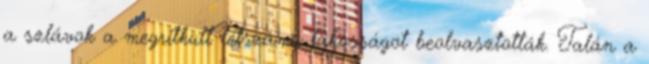
a szlávok a megritkult létszámú lakosságot beolvasztották. Talán a